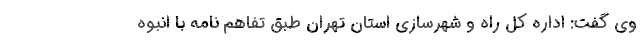
وی گفت: اداره کل راه و شهرسازی استان تهران طبق تفاهم نامه با انبوه